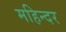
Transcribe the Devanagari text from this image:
महिन्दर